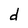
Character: d